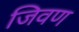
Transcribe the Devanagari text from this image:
जिवण